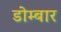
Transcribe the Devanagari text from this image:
डोम्बार